Report of the Indian Hemp Drugs Commission, 1894-1895 - Volume VII
Year: 1894
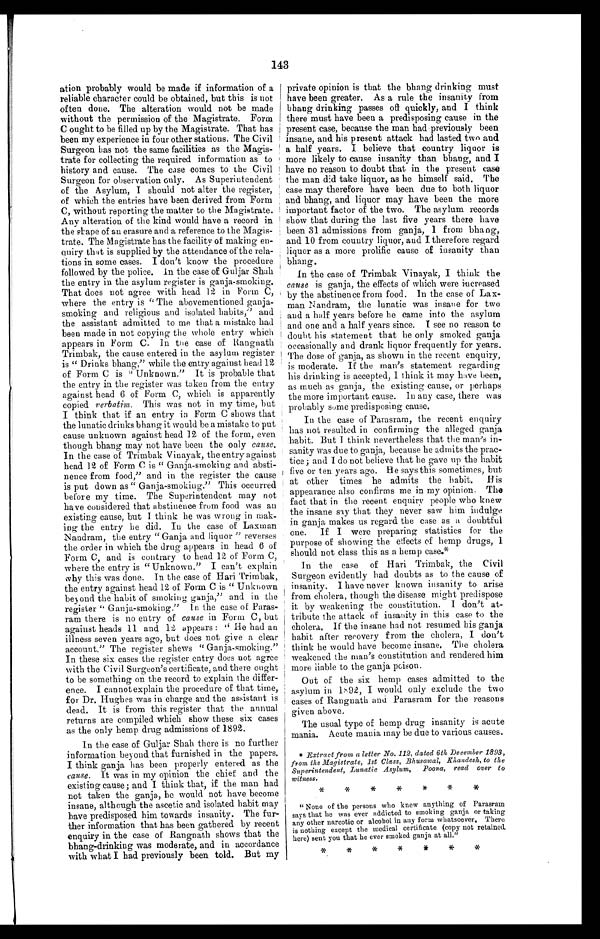
143
ation probably would be made if information of a
reliable character could be obtained, but this is not
often done. The alteration would not be made
without the permission of the Magistrate. Form
C ought to be filled up by the Magistrate. That has
been my experience in four other stations. The Civil
Surgeon has not the same facilities as the Magis-
trate for collecting the required information as to
history and cause. The case comes to the Civil
Surgeon for observation only. As Superintendent
of the Asylum, I should not alter the register,
of which the entries have been derived from Form
C, without reporting the matter to the Magistrate.
Any alteration of the kind would have a record in
the shape of an erasure and a reference to the Magis-
trate. The Magistrate has the facility of making en-
quiry that is supplied by the attendance of the rela-
tions in some cases. I don't know the procedure
followed by the police. In the case of Guljar Shah
the entry in the asylum register is ganja-smoking.
That does not agree with head 12 in Form C,
where the entry is " The abovementioned ganja-
smoking and religious and isolated habits," and
the assistant admitted to me that a mistake had
been made in not copying the whole entry which
appears in Form C. In the case of Rangnath
Trimbak, the cause entered in the asylum register
is " Drinks bhang," while the entry against head 12
of Form C is " Unknown." It is probable that
the entry in the register was taken from the entry
against head 6 of Form C, which is apparently
copied verbatim. This was not in my time, but
I think that if an entry in Form C shows that
the lunatic drinks bhang it would be a mistake to put
cause unknown against head 12 of the form, even
though bhang may not have been the only cause.
In the case of Trimbak Vinayak, the entry against
head 12 of Form C is " Ganja-smoking and absti-
nence from food," and in the register the cause
is put down as " Ganja-smoking." This occurred
before my time. The Superintendent may not
have considered that abstinence from food was an
existing cause, but I think he was wrong in mak-
ing the entry he did. In the case of Laxman
Nandram, the entry " Ganja and liquor " reverses
the order in which the drug appears in head 6 of
Form C, and is contrary to head 12 of Form C,
where the entry is " Unknown." I can't explain
why this was done. In the case of Hari Trimbak,
the entry against head 12 of Form C is " Unknown
beyond the habit of smoking ganja," and in the
register " Ganja-smoking." In the case of Paras-
ram there is no entry of cause in Form C, but
against heads 11 and 12 appears : " He had an
illness seven years ago, but does not give a clear
account." The register shews " Ganja-smoking."
In these six cases the register entry does not agree
with the Civil Surgeon's certificate, and there ought
to be something on the record to explain the differ-
ence. I cannot explain the procedure of that time,
for Dr. Hughes was in charge and the assistant is
dead. It is from this register that the annual
returns are compiled which show these six cases
as the only hemp drug admissions of 1892.
In the case of Guljar Shah there is no further
information beyond that furnished in the papers.
I think ganja has been properly entered as the
cause. It was in my opinion the chief and the
existing cause; and I think that, if the man had
not taken the ganja, he would not have become
insane, although the ascetic and isolated habit may
have predisposed him towards insanity. The fur-
ther information that has been gathered by recent
enquiry in the case of Rangnath shows that the
b h a n g ¬ d r i n k i n g w a s mo d e r a t e , a n d i n a c c o r d a n c e
with what I had previously been told. But my
private opinion is that the bhang drinking must
have been greater. As a rule the insanity from
bhang drinking passes off quickly, and I think
there must have been a predisposing cause in the
present case, because the man had previously been
insane, and his present attack had lasted two and
a half years. I believe that country liquor is
more likely to cause insanity than bhang, and I
have no reason to doubt that in the present case
the man did take liquor, as he himself said. The
case may therefore have been due to both liquor
and bhang, and liquor may have been the more
important factor of the two. The asylum records
show that during the last five years there have
been 31 admissions from ganja, 1 from bhang,
and 10 from country liquor, and I therefore regard
liquor as a more prolific cause of insanity than
bhang.
In the case of Trimbak Vinayak, I think the
cause is ganja, the effects of which were increased
by the abstinence from food. In the case of Lax
¬ m a n N a n d r a m , t h e l u n a t i c w a s i n s a n e f o r t w o
and a half years before he came into the asylum
and one and a half years since. I see no reason to
doubt his statement that he only smoked ganja
occasionally and drank liquor frequently for years.
The dose of ganja, as shown in the recent enquiry,
is moderate. If the man's statement regarding
his drinking is accepted, I think it may have been,
as much as ganja, the existing cause, or perhaps
the more important cause. In any case, there was
probably some predisposing cause.
In the case of Parasram, the recent enquiry
has not resulted in confirming the alleged ganja
habit. But I think nevertheless that the man's in-
sanity was due to ganja, because he admits the prac-
tice; and I do not believe that he gave up the habit
five or ten years ago. He says this sometimes, but
at other times he admits the habit. His
appearance also confirms me in my opinion. The
fact that in the recent enquiry people who knew
the insane say that they never saw him indulge
in ganja makes us regard the case as a doubtful
one. If I were preparing statistics for the
purpose of showing the effects of hemp drugs, I
should not class this as a hemp case.*
In the case of Hari Trimbak, the Civil
Surgeon evidently had doubts as to the cause of
insanity. I have never known insanity to arise
from cholera, though the disease might predispose
it by weakening the constitution. I don't at-
tribute the attack of insanity in this case to the
cholera. If the insane had not resumed his ganja
habit after recovery from the cholera, I don't
think he would have become insane. The cholera
weakened the man's constitution and rendered him
more liable to the ganja poison.
Out of the six hemp cases admitted to the
asylum in 1892, I would only exclude the two
cases of Rangnath and Parasram for the reasons
given above.
The usual type of hemp drug insanity is acute
mania. Acute mania may be due to various causes.
* Extract from a letter No. 112, dated 6th December 1893,
from the Magistrate, 1st Class, Bhusawal, Khandesh, to the
Superintendent, Lunatic Asylum, Poona, read over to
witness.
* * * * * * *
" None of the persons who knew anything of Parasram
says that he was ever addicted to smoking ganja or taking
any other narcotic or alcohol in any form whatsoever. There
is nothing except the medical certificate (copy not retained.
here) sent you that he ever smoked ganja at all."
* * * * * * *